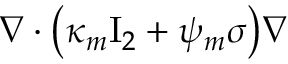
\nabla \cdot \bigl ( \kappa _ { m } \ensuremath { \mathrm { I } _ { 2 } } + { \psi } _ { m } \sigma \bigr ) \nabla